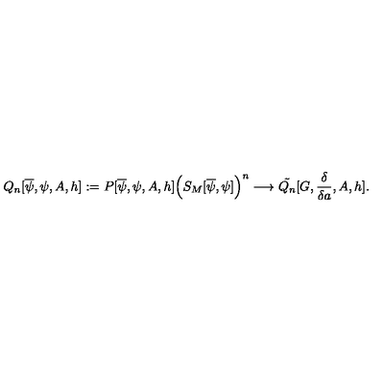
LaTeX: Q _ { n } [ \overline { { \psi } } , \psi , A , h ] : = P [ \overline { { \psi } } , \psi , A , h ] \Big ( S _ { M } [ \overline { { \psi } } , \psi ] \Big ) ^ { n } \longrightarrow \tilde { Q _ { n } } [ G , \frac { \delta } { \delta a } , A , h ] .